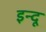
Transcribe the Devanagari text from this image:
इन्‍दू